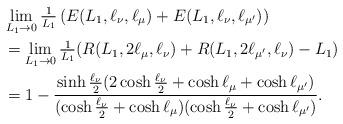
LaTeX: \begin{align*}&\lim_{L_1\to0}\tfrac{1}{L_1}\left(E(L_1,\ell_\nu,\ell_\mu)+E(L_1,\ell_\nu,\ell_{\mu'})\right)\\&=\lim_{L_1\to0}\tfrac{1}{L_1}(R(L_1,2\ell_\mu,\ell_\nu)+R(L_1,2\ell_{\mu'},\ell_\nu)-L_1)\\&=1-\frac{\sinh\frac{\ell_\nu}{2}(2\cosh\frac{\ell_\nu}{2}+\cosh\ell_\mu+\cosh\ell_{\mu'})}{(\cosh\frac{\ell_\nu}{2}+\cosh\ell_\mu)(\cosh\frac{\ell_\nu}{2}+\cosh\ell_{\mu'})}.\end{align*}